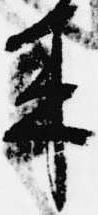
来